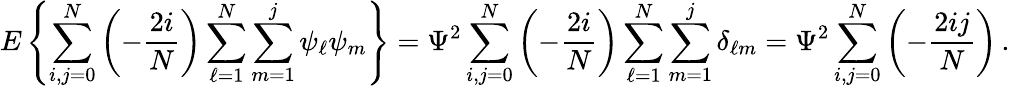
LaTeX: E\left\{ \sum_{i,j=0}^{N}\left(-{\frac{2i}{N}}\right)\sum_{\ell=1}^{N}\sum_{m=1}^{j}\psi_{\ell}\psi_{m}\right\} =\Psi^{2}\sum_{i,j=0}^{N}\left(-{\frac{2i}{N}}\right)\sum_{\ell=1}^{N}\sum_{m=1}^{j}\delta_{\ell m}=\Psi^{2}\sum_{i,j=0}^{N}\left(-{\frac{2ij}{N}}\right)\, .